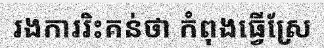
រងការរិះគន់ថា កំពុងធ្វើស្រែ